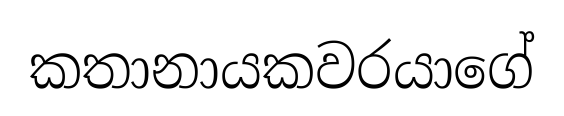
කතානායකවරයාගේ